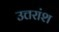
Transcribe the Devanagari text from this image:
उत्तरांश